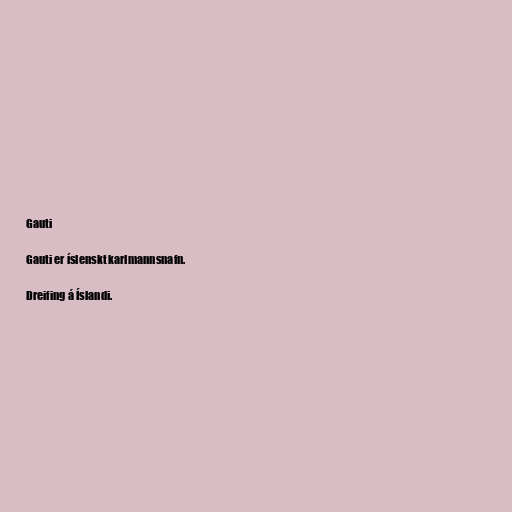
Gauti

Gauti er íslenskt karlmannsnafn.

Dreifing á Íslandi.